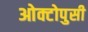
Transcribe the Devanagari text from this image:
ओक्टोपुसी